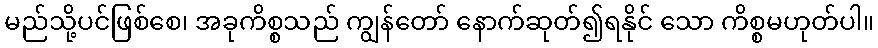
မည်သို့ပင်ဖြစ်စေ၊ အခုကိစ္စသည် ကျွန်တော် နောက်ဆုတ်၍ရနိုင် သော ကိစ္စမဟုတ်ပါ။